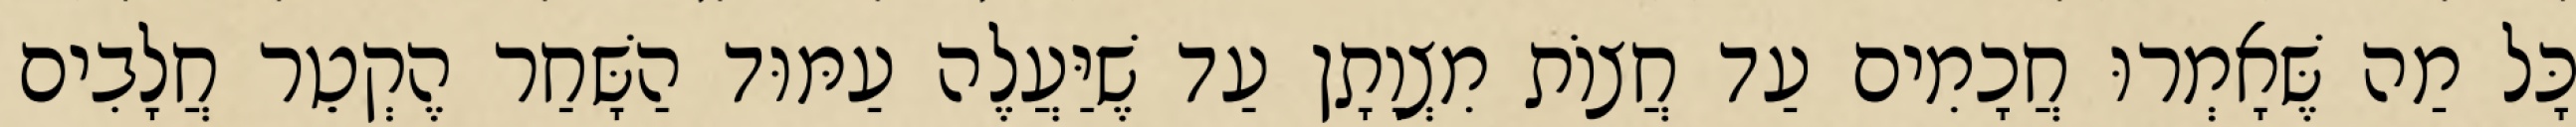
כָּל מַה שֶּׁאָמְרוּ חֲכָמִים עַד חֲצוֹת מִצְוָתָן עַד שֶׁיַּעֲלֶה עַמּוּד הַשָּׁחַר הֶקְטֵר חֲלָבִים